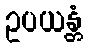
ဥပယန္တံ